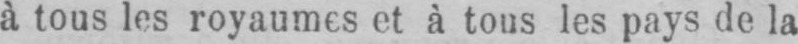
à tous les royaumes et à tous les pays de la